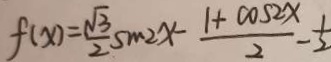
f ( x ) = \frac { \sqrt { 3 } } { 2 } \sin 2 x - \frac { 1 + \cos 2 x } { 2 } - \frac { 1 } { 2 }